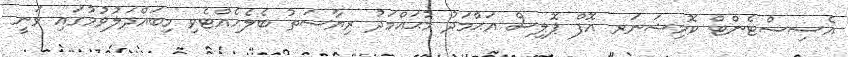
އެސިސްޓެންޓް ކޮމިޝަނަރ އޮފް ޕޮލިސް އަޙްމަދު މުޙައްމަދު ރިޔާސަތު ބެލެހެއްޓެވި މިބައްދަލުވުމުގައި ވަނީ